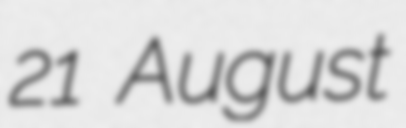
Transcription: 21 August